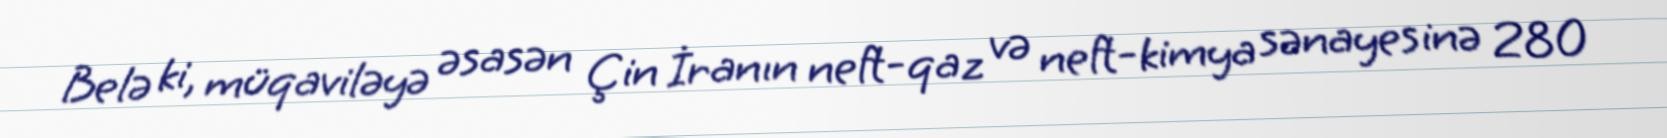
Belə ki, müqaviləyə əsasən Çin İranın neft-qaz və neft-kimya sənayesinə 280